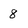
Character: 8